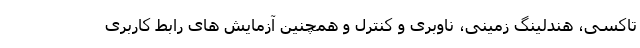
تاکسی، هندلینگ زمینی، ناوبری و کنترل و همچنین آزمایش های رابط کاربری